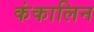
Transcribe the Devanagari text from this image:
कंकालिन